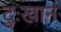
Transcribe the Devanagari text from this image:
दुःखानं